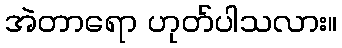
အဲတာရော ဟုတ်ပါသလား။